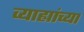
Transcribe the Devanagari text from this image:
व्याह्यांच्या